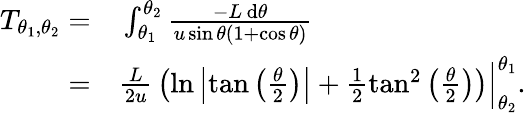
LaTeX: \begin{array}{rl}{T_{\theta_{1},\theta_{2}}=}&{{}\int_{\theta_{1}}^{\theta_{2}}\frac{-L\, \mathrm{d}\theta}{u\sin\theta(1+\cos\theta)}}\\ {=}&{{}\frac{L}{2u}\, \left(\ln\left|\tan\left(\frac{\theta}{2}\right)\right|+\frac{1}{2}\tan^{2}\left(\frac{\theta}{2}\right)\right)\Big\vert_{\theta_{2}}^{\theta_{1}}.}\end{array}